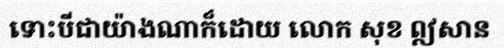
ទោះបីជាយ៉ាងណាក៏ដោយ លោក សុខ ឦសាន